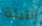
الليلة